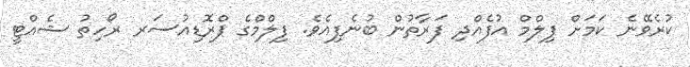
ކުރެވޭނެ ކަމަށް ފިލްމް އުފެއްދި ފަރާތުން ބުނެފިއެވެ. ފިލްމްގެ ޕްރޮޑިއުސަރ ރޯހިތު ޝެއްޓީ